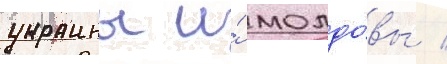
украины и́ молдо́вы /